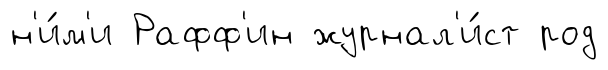
н'и́м'и Рафф'ин журнал'и́ст род